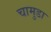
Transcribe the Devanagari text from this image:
चामुडा